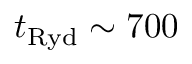
t _ { \mathrm { R y d } } \sim 7 0 0